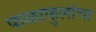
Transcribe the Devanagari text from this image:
फळाफुलांचा